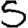
Digit: 5